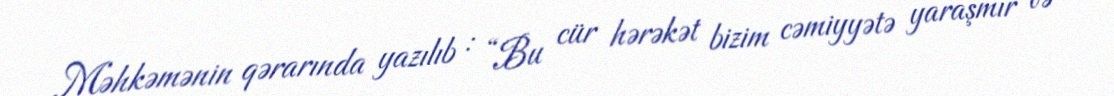
Məhkəmənin qərarında yazılıb : “Bu cür hərəkət bizim cəmiyyətə yaraşmır və